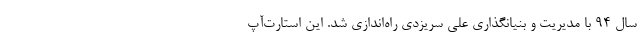
سال ۹۴ با مدیریت و بنیانگذاری علی سریزدی راه‌اندازی شد. این استارت‌‌آپ